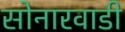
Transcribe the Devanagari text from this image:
सोनारवाडी